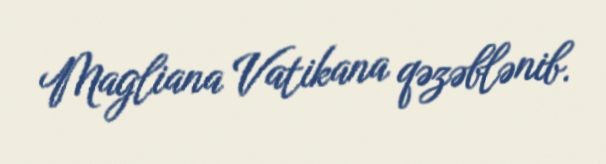
Magliana Vatikana qəzəblənib.